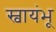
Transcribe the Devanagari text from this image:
स्वायंभू